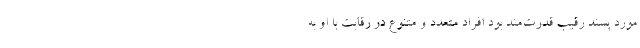
مورد پسند رقیب قدرت‌مند بود افراد متعدد و متنوع در رقابت با او به